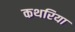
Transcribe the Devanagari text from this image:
कथरिया